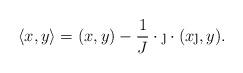
LaTeX: \begin{align*} \langle x,y \rangle = (x,y) - \frac{1}{J} \cdot \j \cdot (x\j, y). \end{align*}